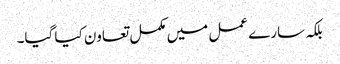
بلکہ سارے عمل میں مکمل تعاون کیا گیا۔